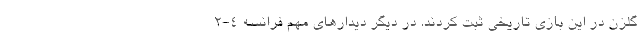
گلزن در این بازی تاریخی ثبت کردند. در دیگر دیدارهای مهم فرانسه 4-2